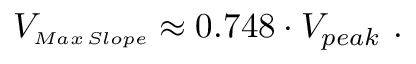
V _ { \substack { \scriptscriptstyle M a x \, S l o p e } } \approx 0 . 7 4 8 \cdot V _ { p e a k } ~ .